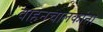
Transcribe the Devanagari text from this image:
वाहनचालकांना